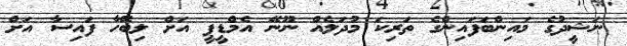
ނަޝީދުގެ މައިންބަފައިންގެ ތަރިކަ މުދަލެއް ނޫނޭ އެމްޑީޕީ އަށް ލިބޭހާ ފައިސާ އަށް